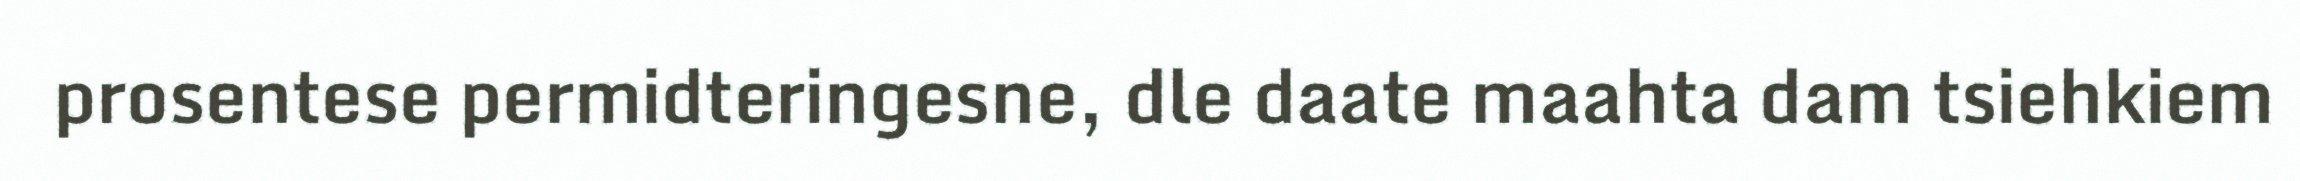
prosentese permidteringesne, dle daate maahta dam tsiehkiem